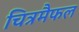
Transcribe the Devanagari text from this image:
चित्रमैफल